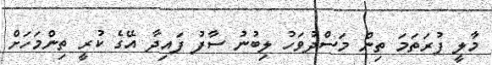
މާލީ ފުރަތަމަ ތިން މަސްދުވަހު ލިބުނު ސާފު ފައިދާ އޭގެ ކުރީ ތިންމަހަށް